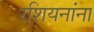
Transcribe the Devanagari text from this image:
रशियनांना